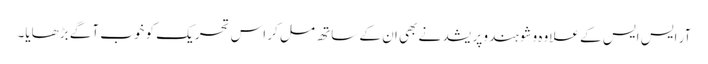
آر ایس ایس کے علاوہ وشو ہندو پریشد نے بھی ان کے ساتھ مل کر اس تحریک کو خوب آگے بڑھایا۔